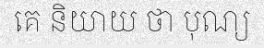
គេ និយាយ ថា បុណ្យ